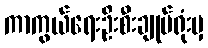
ကာကွယ်ရေးဦးစီးချုပ်ရုံးမှ